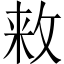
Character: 𱡘